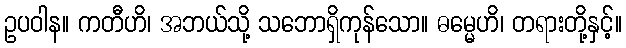
ဥပဝါန။ ကတီဟိ၊ အဘယ်သို့ သဘောရှိကုန်သော။ ဓမ္မေဟိ၊ တရားတို့နှင့်။